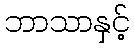
ဘာသာနှင့်